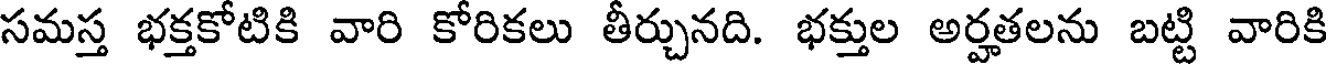
సమస్త భక్తకోటికి వారి కోరికలు తీర్చునది. భక్తుల అర్హతలను బట్టి వారికి